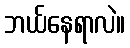
ဘယ်နေရာလဲ။